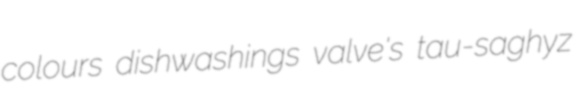
colours dishwashings valve's tau-saghyz